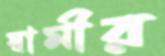
স্বামীর